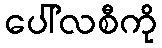
ပေါ်လစီကို